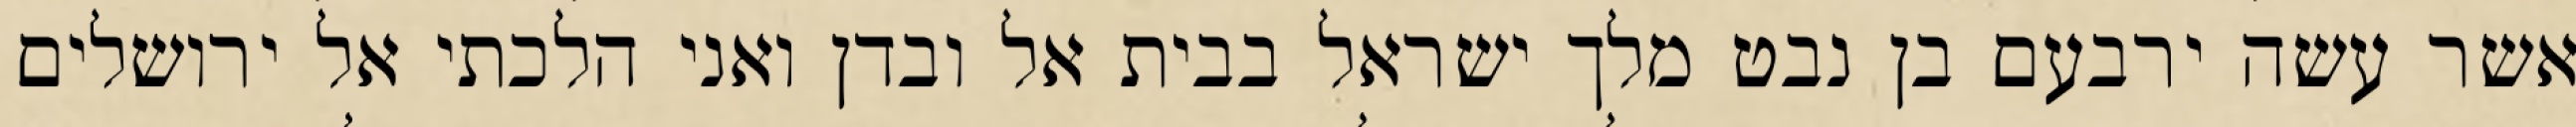
אשר עשה ירבעם בן נבט מלך ישראל בבית אל ובדן ואני הלכתי אל ירושלים